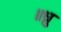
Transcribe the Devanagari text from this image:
॥ध्रु